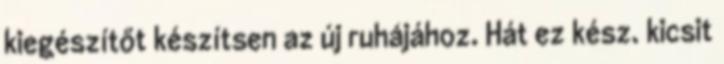
kiegészítőt készítsen az új ruhájához. Hát ez kész. kicsit